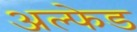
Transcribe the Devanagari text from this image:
अल्फेड